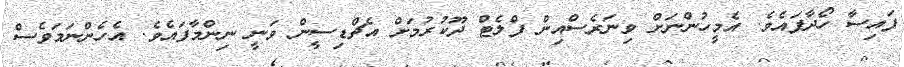
ފައިސާ ހޯދާފައެވެ. އެމީހުންނަށް ވިނަރެސްއިން ފްލެޓް ދޫކުރުމަށް އެޗްޑިސީން ވަނީ ނިންމާފައެވެ. އެހެންނަމަވެސް